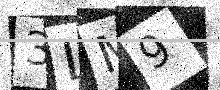
Text: 3LM9